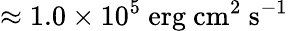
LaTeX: \approx 1.0\times 10^{5}\mathrm{\ erg\ cm^{2}\ s^{-1}}